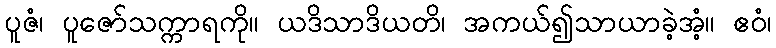
ပူဇံ၊ ပူဇော်သက္ကာရကို။ ယဒိသာဒိယတိ၊ အကယ်၍သာယာခဲ့အံ့။ ဧဝံ၊